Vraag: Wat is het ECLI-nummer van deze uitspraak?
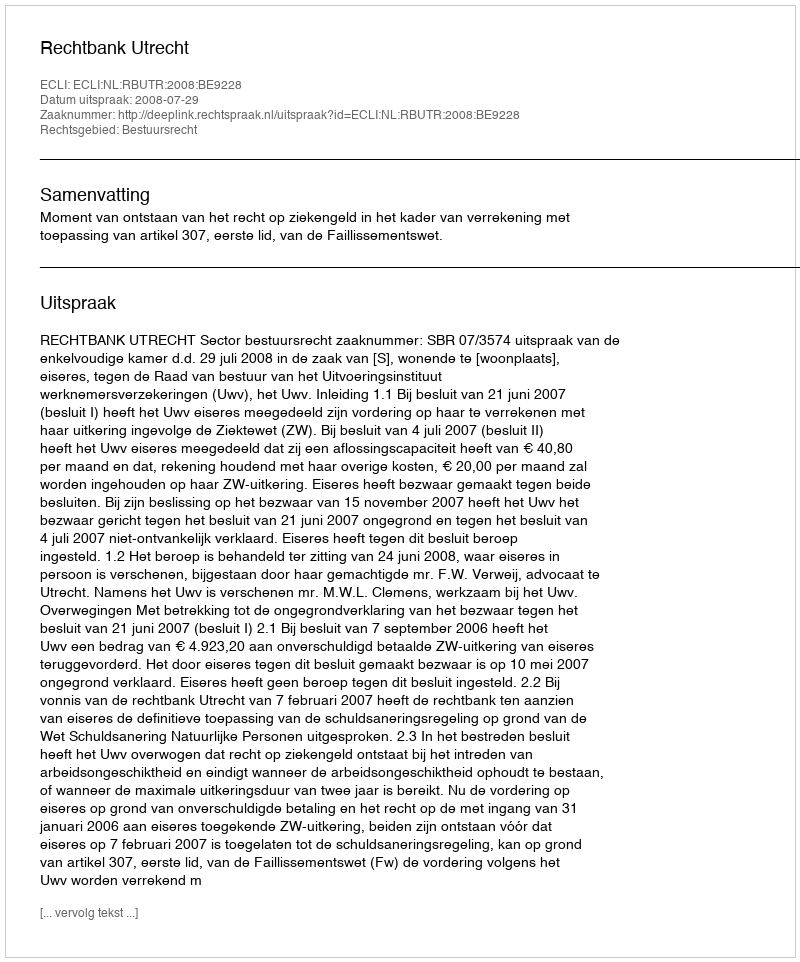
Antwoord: ECLI:NL:RBUTR:2008:BE9228